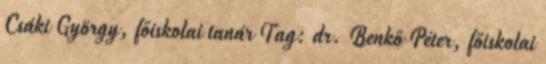
Csáki György, főiskolai tanár Tag: dr. Benkő Péter, főiskolai